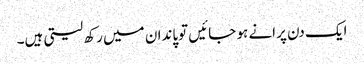
ایک دن پرانے ہو جائیں توپاندان میں رکھ لیتی ہیں۔